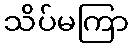
သိပ်မကြာ